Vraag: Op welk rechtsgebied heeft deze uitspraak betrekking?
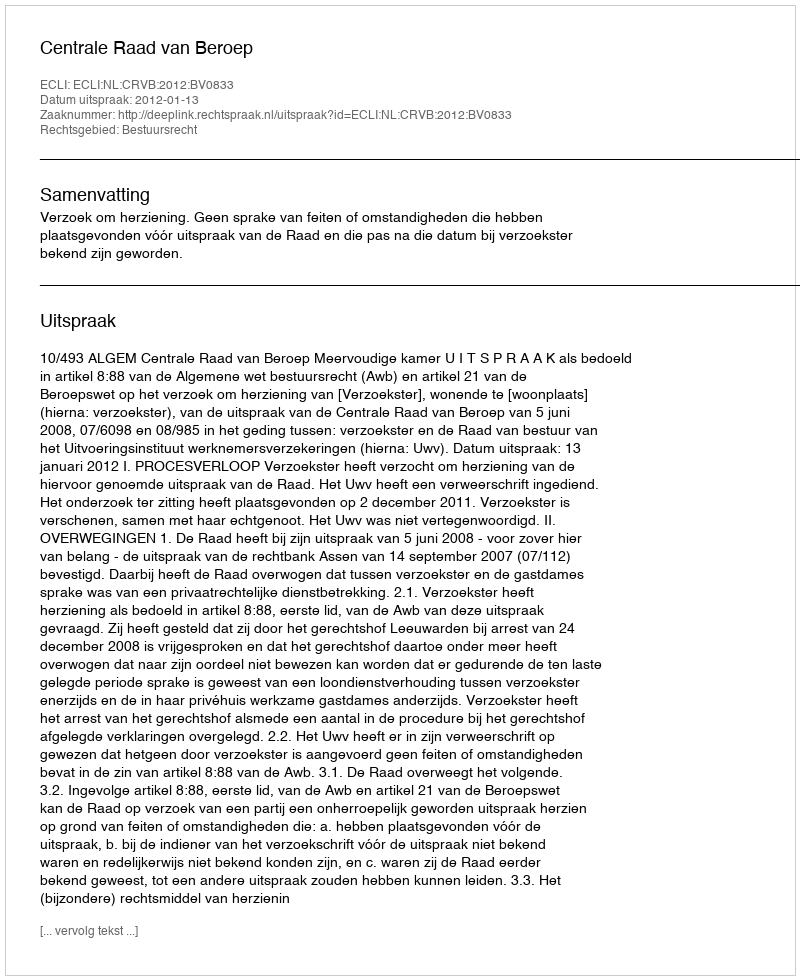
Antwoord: Bestuursrecht